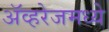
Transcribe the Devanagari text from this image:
ॲव्हरेजमध्ये